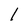
Character: l